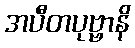
အပီတပုဗ္ဗာနိ